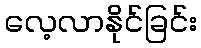
လေ့လာနိုင်ခြင်း